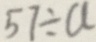
5 7 \div a